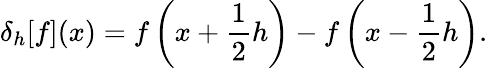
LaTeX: \delta_{h}[f](x)=f\left(x+{\frac{1}{2}}h\right)-f\left(x-{\frac{1}{2}}h\right).